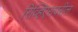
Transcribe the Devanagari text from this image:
रिव्हिएरावरील